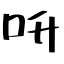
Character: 呏